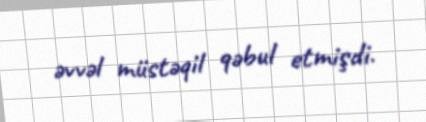
əvvəl müstəqil qəbul etmişdi.